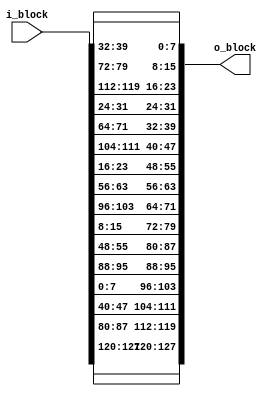
module ShiftRows(
		 input wire [127:0] i_block,
		 output wire [127:0] o_block
		 );

   wire [31:0]            w0,w1,w2,w3;
   wire [31:0]            mw0,mw1,mw2,mw3;
	   assign w0 = i_block[127:96];
	   assign w1 = i_block[95:64];
	   assign w2 = i_block[63:32];
	   assign w3 = i_block[31:0];

	   assign mw0 = {{w0[31:24]},{w1[23:16]},{w2[15:8]},{w3[7:0]}};
	   assign mw1 = {{w1[31:24]},{w2[23:16]},{w3[15:8]},{w0[7:0]}};
	   assign mw2 = {{w2[31:24]},{w3[23:16]},{w0[15:8]},{w1[7:0]}};
	   assign mw3 = {{w3[31:24]},{w0[23:16]},{w1[15:8]},{w2[7:0]}};

	    assign o_block = {mw0, mw1, mw2, mw3};
endmodule // ShiftRows